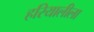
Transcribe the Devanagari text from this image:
हरियालीला